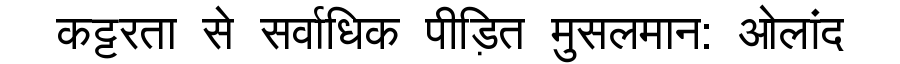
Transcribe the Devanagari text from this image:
कट्टरता से सर्वाधिक पीड़ित मुसलमान: ओलांद